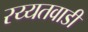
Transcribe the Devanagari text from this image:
रय्यतवाडी